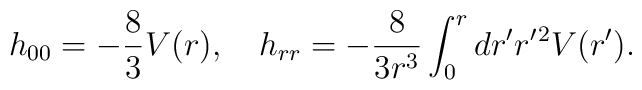
h_{00}=-{8\over 3} V(r),\quad h_{rr}=-{8\over 3r^3}\int^r_0 dr' r'{}^2 V(r').